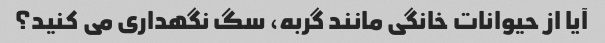
آیا از حیوانات خانگی مانند گربه، سگ نگهداری می کنید؟